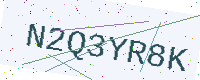
Text: N2Q3YR8K